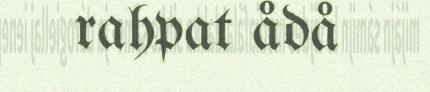
rahpat ådå